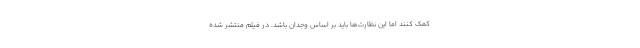
کمک کنند اما این نظارت‌ها باید بر اساس وجدان باشد. در فیلم منتشر شده